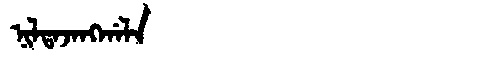
Manchu: ᠨᡳᠯᡨᠠᠵᠠᠩᡤᠠᠯᠠ
Romanization: NILTAJANGGALA